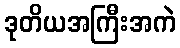
ဒုတိယအကြီးအကဲ